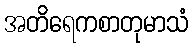
အတိရေကစာတုမာသံ